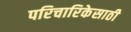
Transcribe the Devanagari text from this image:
परिचारिकेसाठी